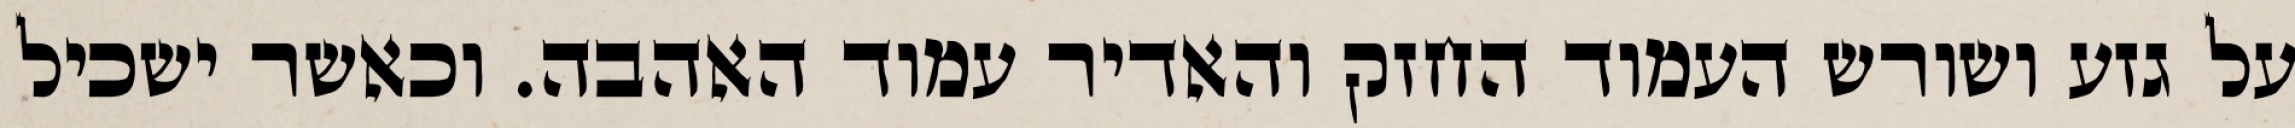
על גזע ושורש העמוד החזק והאדיר עמוד האהבה. וכאשר ישכיל